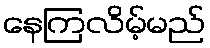
နေကြလိမ့်မည်